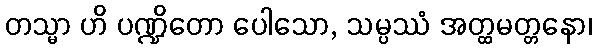
တသ္မာ ဟိ ပဏ္ဍိတော ပေါသော, သမ္ပဿံ အတ္ထမတ္တနော၊